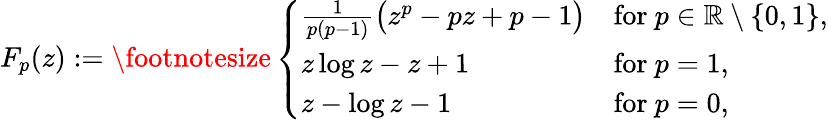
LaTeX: \begin{array}{r}{F_{p}(z):={\footnotesize\left\{ \begin{array}{ll}{\frac{1}{p(p{-}1)}\big(z^{p}-pz+p-1\big)}&{\mathrm{for~}p\in\mathbb{R}\setminus\{ 0,1\} ,}\\ {z\log z-z+1}&{\mathrm{for~}p=1,}\\ {z-\log z-1}&{\mathrm{for~}p=0,}\end{array}\right.}}\end{array}